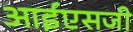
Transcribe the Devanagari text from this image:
आईएसजी